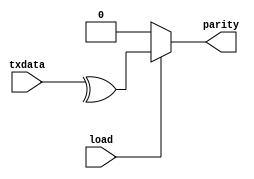
`timescale 1ns / 1ps
//////////////////////////////////////////////////////////////////////////////////
// Company: Self
// 
// Design Name: 
// Module Name: parity_generator
// Project Name: 
// Target Devices: 
// Tool Versions: 
// Description: 
// 
// Dependencies: 
// 
// Revision:
// Revision 0.01 - File Created
// Additional Comments:
// 
//////////////////////////////////////////////////////////////////////////////////


module parity_generator #(parameter size = 4)(parity, load, txdata);
input load;
input [size-1:0] txdata;
output  reg parity;

always@ (*)
begin
 if(load)
  parity <= ^txdata;
 else 
  parity <= 1'b0;

end

endmodule